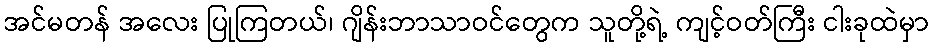
အင်မတန် အလေး ပြုကြတယ်၊ ဂျိန်းဘာသာဝင်တွေက သူတို့ရဲ့ ကျင့်ဝတ်ကြီး ငါးခုထဲမှာ